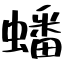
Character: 蟠